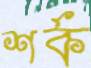
শর্ক